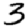
Digit: 3